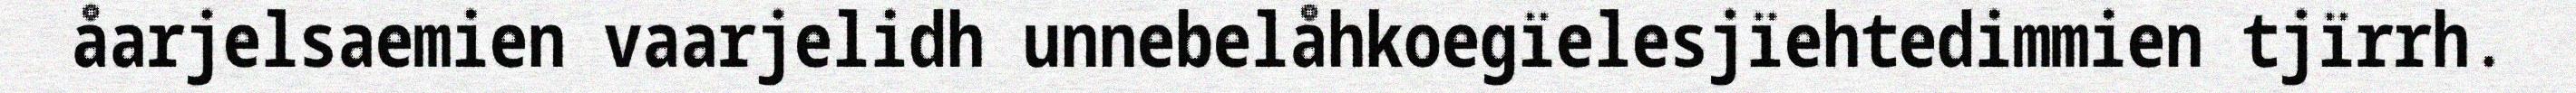
åarjelsaemien vaarjelidh unnebelåhkoegïelesjïehtedimmien tjïrrh.